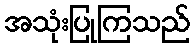
အသုံးပြုကြသည်